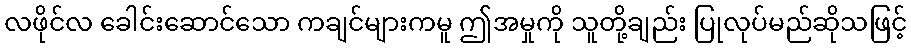
လဖိုင်လ ခေါင်းဆောင်သော ကချင်များကမူ ဤအမှုကို သူတို့ချည်း ပြုလုပ်မည်ဆိုသဖြင့်